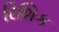
રિશિક